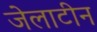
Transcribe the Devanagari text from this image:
जेलाटीन